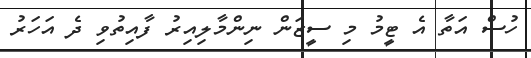
ހުސް އަތާ އެ ޓީމު މި ސީޒަން ނިންމާލިއިރު ފާއިތުވި ދެ އަހަރު